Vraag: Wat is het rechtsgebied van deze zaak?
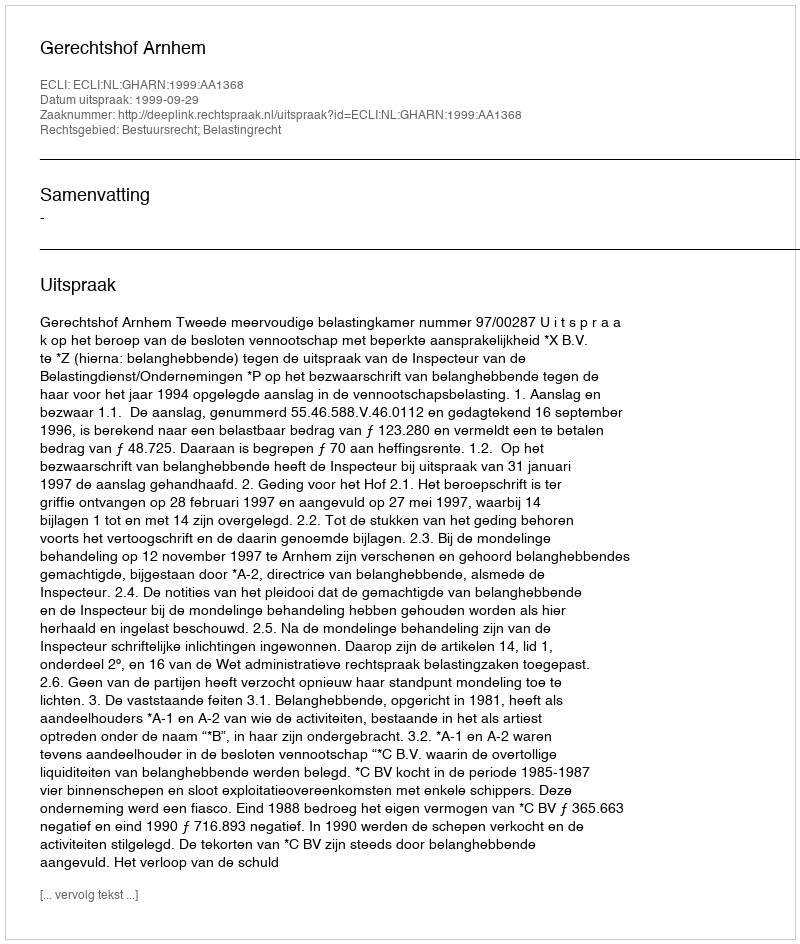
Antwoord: Bestuursrecht; Belastingrecht